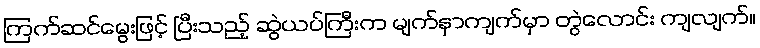
ကြက်ဆင်မွေးဖြင့် ပြီးသည့် ဆွဲယပ်ကြီးက မျက်နှာကျက်မှာ တွဲလောင်း ကျလျက်။